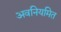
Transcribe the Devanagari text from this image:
अवनियमित